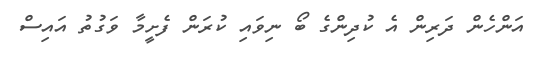
އަންހެން ދަރިން އެ ކުދިންގެ ބޯ ނިވައި ކުރަން ފެށީމާ ވަގުތު އައިސް